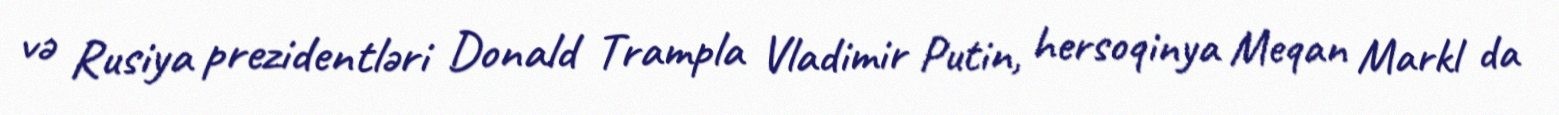
və Rusiya prezidentləri Donald Trampla Vladimir Putin, hersoqinya Meqan Markl da